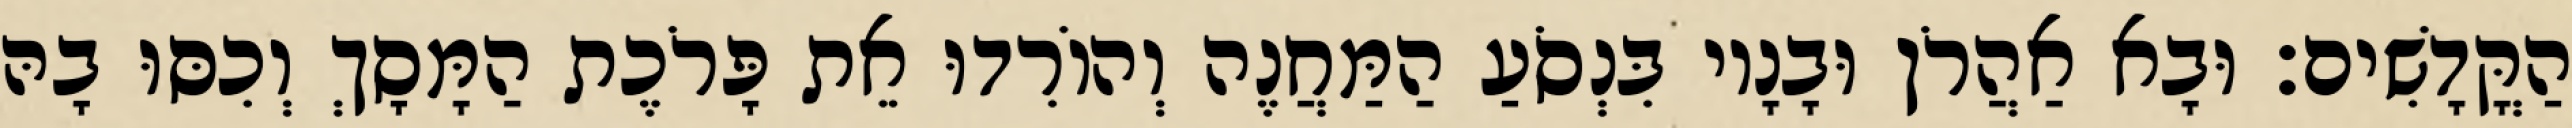
הַקֳּדָשִׁים׃ וּבָא אַהֲרֹן וּבָנָיו בִּנְסֹעַ הַמַּחֲנֶה וְהוֹרִדוּ אֵת פָּרֹכֶת הַמָּסָךְ וְכִסּוּ בָהּ